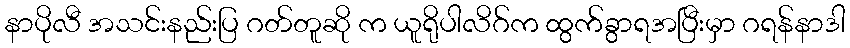
နာပိုလီ အသင်းနည်းပြ ဂတ်တူဆို က ယူရိုပါလိဂ်က ထွက်ခွာရအပြီးမှာ ဂရန်နာဒါ